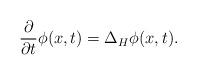
LaTeX: \begin{align*}\frac{\partial }{\partial t}\phi (x,t)=\Delta _{H}\phi (x,t). \end{align*}